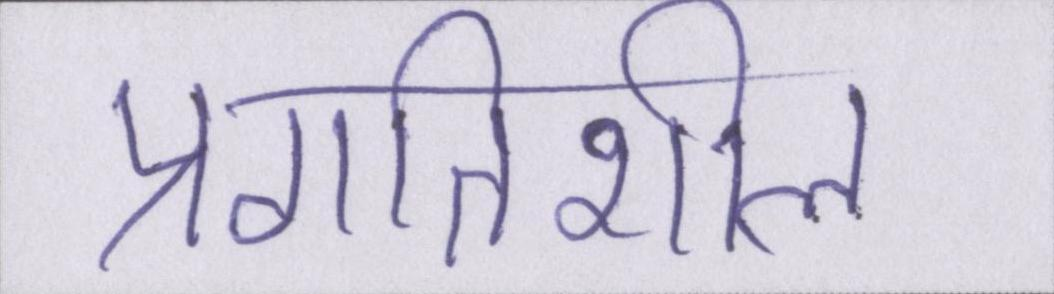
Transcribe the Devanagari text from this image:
प्रगतिशील